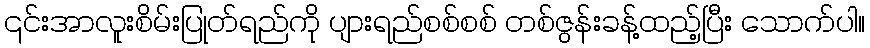
၎င်းအာလူးစိမ်းပြုတ်ရည်ကို ပျားရည်စစ်စစ် တစ်ဇွန်းခန့်ထည့်ပြီး သောက်ပါ။